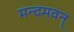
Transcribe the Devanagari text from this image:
मन्दमवन्